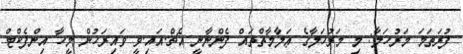
ފުރަތަމަ މަރުހަލާ: މި މަރުހަލާގެ ޢަލާމާތްތައް ފެންނާނީ އެޗް.އައި.ވީ ވައިރަހުން މީހާ އިންފެކްޓް